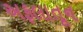
અફલાતૂન